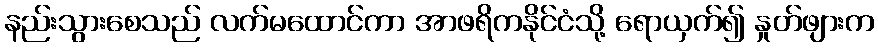
နည်းသွားစေသည် လက်မထောင်ကာ အာဖရိကနိုင်ငံသို့ ရောယှက်၍ နှုတ်ဖျားက